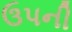
ઉપની